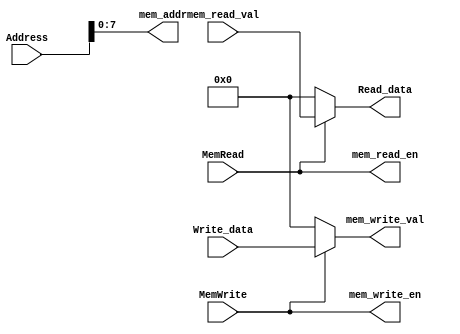
`ifndef __DATAMEMORY_V__
`define __DATAMEMORY_V__

module DataMemory (
	input wire [31:0] Address,
	input wire [31:0] Write_data,
	input wire MemRead,
	input wire MemWrite,
	output wire [31:0] Read_data,

	output wire [7:0] mem_addr,
	output wire mem_read_en,
	output wire mem_write_en,
	input wire [31:0] mem_read_val,
	output wire [31:0] mem_write_val
	);

	assign mem_addr = Address;
	assign mem_read_en = MemRead;
	assign mem_write_en = MemWrite;
	assign mem_write_val = MemWrite ? Write_data : 0;
	assign Read_data = MemRead ? mem_read_val : 0;

endmodule

`endif /*__DATAMEMORY_V__*/